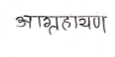
मजकूर: आग्रहायण